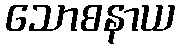
သောစနာယ